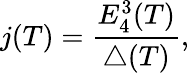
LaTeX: j(T)=\frac{E_{4}^{3}(T)}{\triangle(T)},